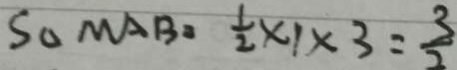
S _ { \Delta } M A B = \frac { 1 } { 2 } \times 1 \times 3 = \frac { 3 } { 2 }